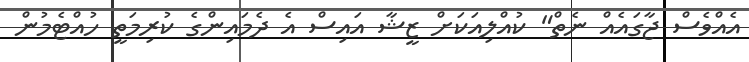
އެއްވެސް ޖާގައެއް ނެތް" ކުއްލިއަކަށް ޒީޝާ އައިސް އެ ދެމައިންގެ ކުރިމަތީ ހުއްޓެމުން